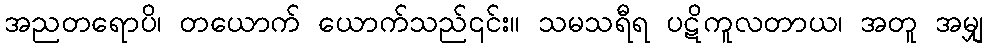
အညတရောပိ၊ တယောက် ယောက်သည်၎င်း။ သမသရီရ ပဋိကူလတာယ၊ အတူ အမျှ